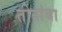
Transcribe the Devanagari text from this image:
तोतांबा